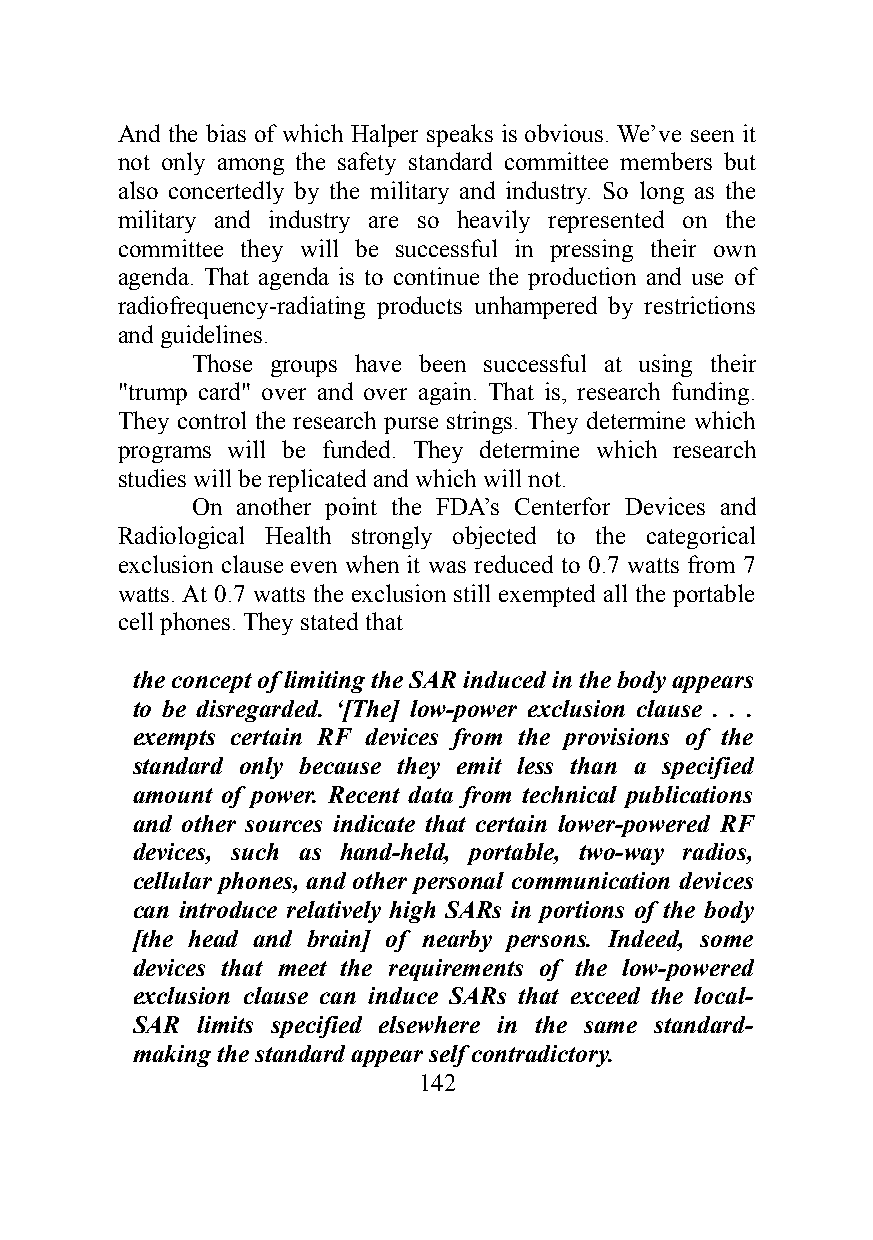
And the bias of which Halper speaks is obvious. We’ve seen it
 not only among the safety standard committee members but
 also concertedly by the military and industry. So long as the
 military and industry are so heavily represented on the
 committee they will be successful in pressing their own
 agenda. That agenda is to continue the production and use of
 radiofrequency-radiating products unhampered by restrictions
 and guidelines.
 Those groups have been successful at using their
 "trump card" over and over again. That is, research funding.
 They control the research purse strings. They determine which
 programs will be funded. They determine which research
 studies will be replicated and which will not.
 On another point the FDA’s Centerfor Devices and
 Radiological Health strongly objected to the categorical
 exclusion clause even when it was reduced to 0.7 watts from 7
 watts. At 0.7 watts the exclusion still exempted all the portable
 cell phones. They stated that
 the concept of limiting the SAR induced in the body appears
 to be disregarded. ‘[The] low-power exclusion clause . . .
 exempts certain RF devices from the provisions of the
 standard only because they emit less than a specified
 amount of power. Recent data from technical publications
 and other sources indicate that certain lower-powered RF
 devices, such as hand-held, portable, two-way radios,
 cellular phones, and other personal communication devices
 can introduce relatively high SARs in portions of the body
 [the head and brain] of nearby persons. Indeed, some
 devices that meet the requirements of the low-powered
 exclusion clause can induce SARs that exceed the local-
 SAR limits specified elsewhere in the same standard-
 making the standard appear self contradictory.
 142